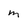
Character: m